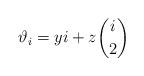
LaTeX: \begin{align*}\vartheta_i = yi + z\binom{i}{2}\end{align*}